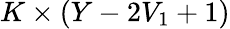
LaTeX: K\times(Y-2V_{1}+1)